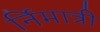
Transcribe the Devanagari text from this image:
र्निमात्री